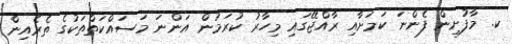
ކ. މާފުށިން ފެންނަ ކަމަށާއި ރާއްޖޭގައި މިހާރު ކުރަމުން އަންނަ މަސައްކަތްތަކުގެ ތެރެއިން